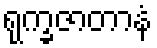
ရုက္ခဇာတာနံ